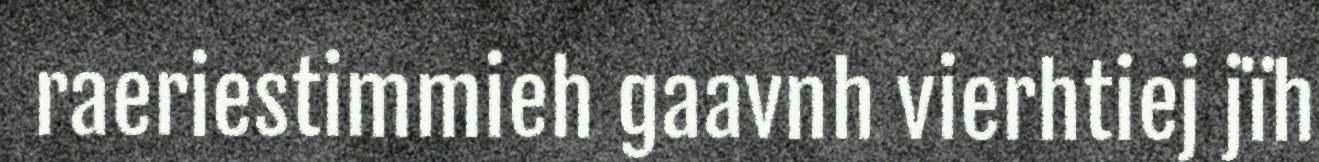
raeriestimmieh gaavnh vierhtiej jïh